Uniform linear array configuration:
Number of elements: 4
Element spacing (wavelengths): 0.5
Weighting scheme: blackman
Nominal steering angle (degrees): -30
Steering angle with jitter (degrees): -31.147
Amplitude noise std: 0.05
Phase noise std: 0.05

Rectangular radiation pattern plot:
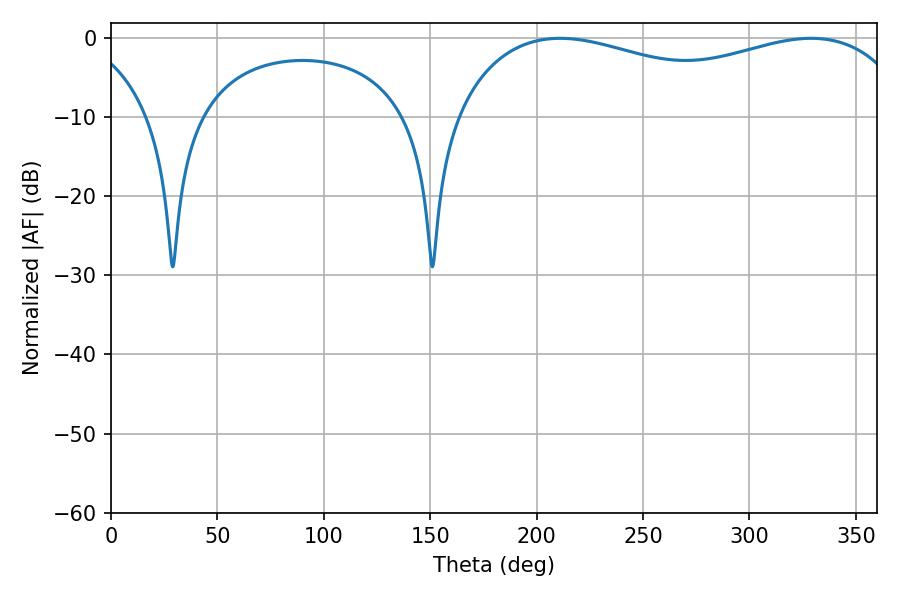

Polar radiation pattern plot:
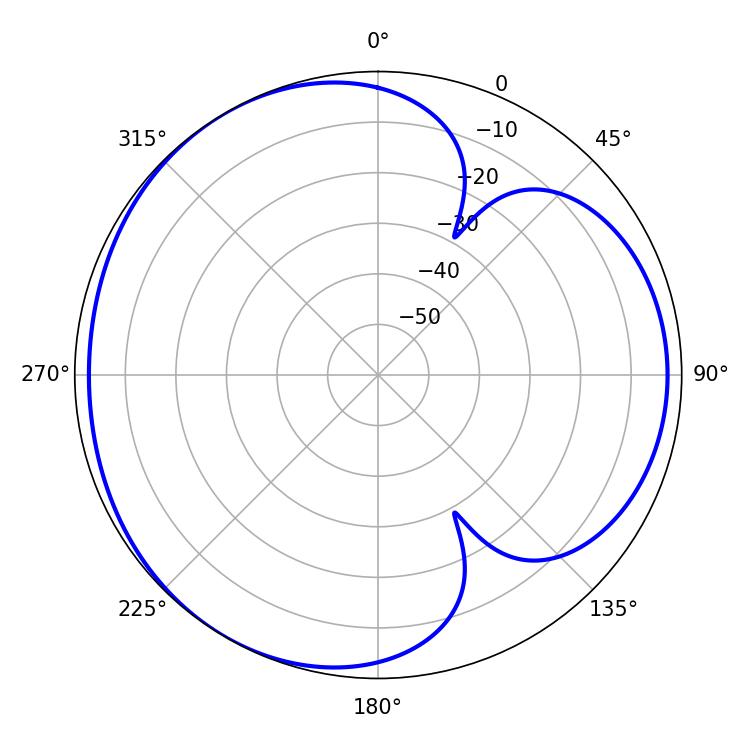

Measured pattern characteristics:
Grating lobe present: FALSE
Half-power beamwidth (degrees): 178.2
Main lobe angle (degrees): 210.96